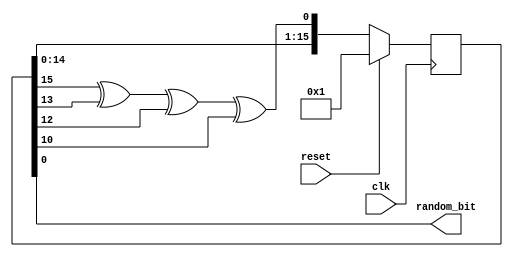
module lfsr_rng(
    input wire clk,
    input wire reset,
    output wire random_bit // Output only the last bit
);

  reg [15:0] lfsr_reg; // Internal LFSR register
  wire feedback;

  // XOR the feedback taps; positions are 16, 14, 13, and 11
  assign feedback = lfsr_reg[15] ^ lfsr_reg[13] ^ lfsr_reg[12] ^ lfsr_reg[10];
  assign random_bit = lfsr_reg[0]; // Output the LSB of the LFSR

  always @(posedge clk) begin
    if (reset) begin
      // Set to a non-zero seed value when reset
      lfsr_reg <= 16'b0001; // Non-zero seed
    end else begin
      // Shift left by one, then bring in the new feedback bit
      lfsr_reg <= {lfsr_reg[14:0], feedback};
    end
  end

endmodule